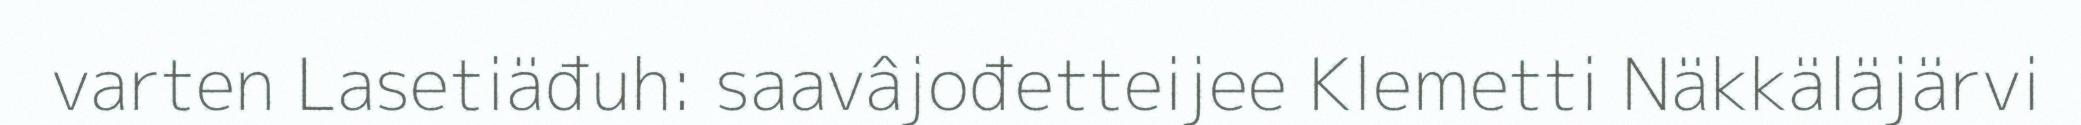
varten Lasetiäđuh: saavâjođetteijee Klemetti Näkkäläjärvi